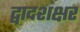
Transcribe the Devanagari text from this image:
द्वादशक्षर